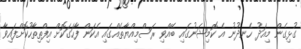
ގުޅިގެން މިއަދު ހެނދުނު އެ ކޮމިޝަނުގައި ބޭއްވި ރަސްމިއްޔާތެއްގައި އެކަން ފާހަގަކޮށް އިފްތިތާހުކޮށްފައިވާ